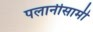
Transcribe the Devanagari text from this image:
पलानीसामी